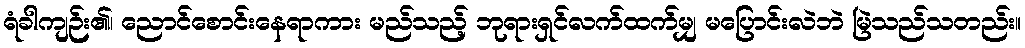
ရံခါကျဉ်း၏၊ ညောင်စောင်းနေရာကား မည်သည့် ဘုရားရှင်လက်ထက်မျှ မပြောင်းလဲဘဲ မြဲသည်သတည်း။